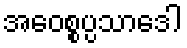
အဝေစ္စပ္ပသာဒေါ